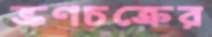
ভ্রূণচক্রের